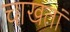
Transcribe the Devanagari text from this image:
चाखतां